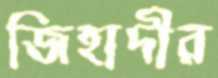
জিহাদীর